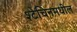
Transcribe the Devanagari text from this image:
श्टेचिनमधील